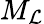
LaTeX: M_{\mathcal{L}}